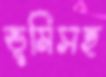
ভূমিসহ